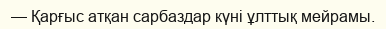
— Қарғыс атқан сарбаздар күні ұлттық мейрамы.